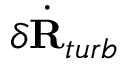
\delta \Dot { \mathbf { R } } _ { t u r b }